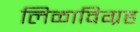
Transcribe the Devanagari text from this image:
लिळाविग्रह